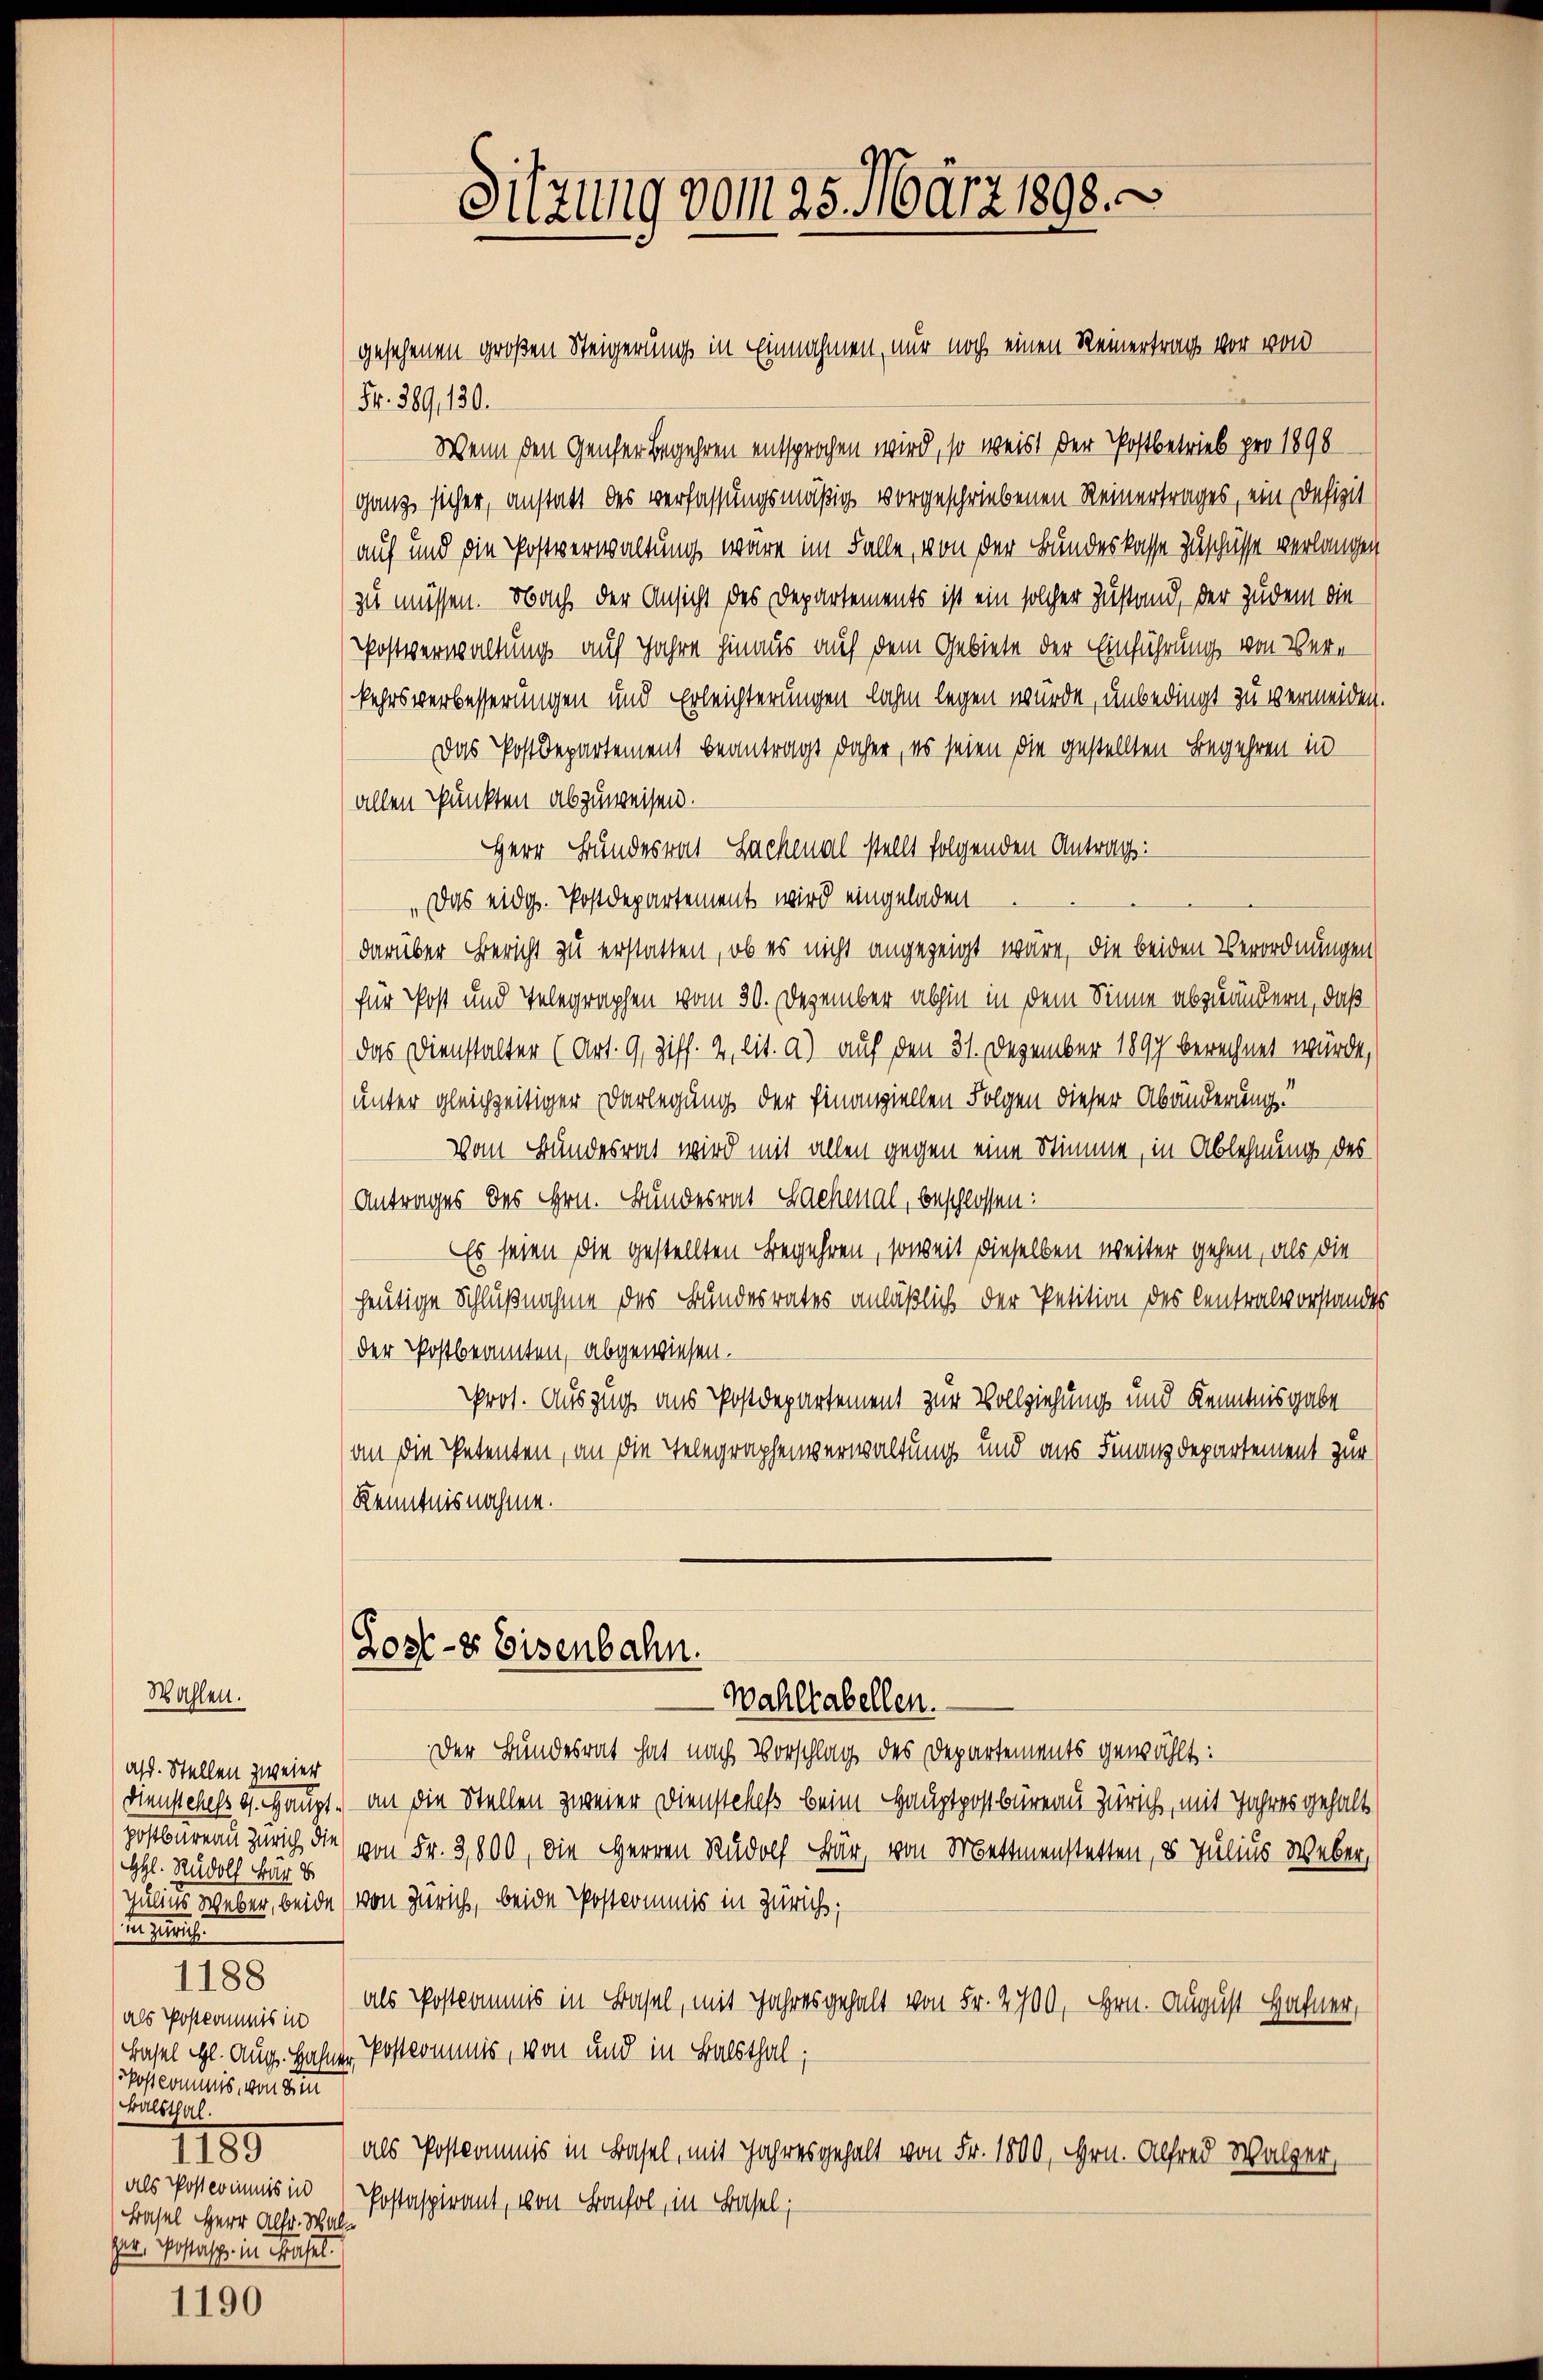
Stahlen.
ast. Stellen zweier
HH. Rudolf Bär

1188

als Postkommnis in
oscommis, von de
Balsthal.
1180
als Posterinnis in
Basel Herr Alfr. Schalser, Postäsche in Basel.

1190

Sitzung vom 25. März 1898.

Fr. 389, 130.
Wenn den Genfer Begehren entsprochen wird, so weist der Postbetrieb pro 1890
ganz sicher, anstatt des verfassungsmäßig vorgeschriebenen Reinertrages, ein Defizit
auf und die Postverwaltung wäre im Falle, von der Bundeskasse Zuschüsse verlangen
zu müssen. Nach der Ansicht des Departements ist ein solcher Zustand, der Zudem die
Postverwaltung auf Jahre hinaus auf dem Gebiete der Einführung von Vere
kehrsverbesserungen und Erleichterungen lahm legen wurde, unbedingt zu vermeiden.
Das Postdepartement beantragt daher, es seien die gestellten Begehren in
(allen Punkten abzuweisen.
Herr Bundesrat Sachenal stellt folgenden Antrag:
Das eidg. Postdepartement wird eingeladen
darüber Bericht zu erstatten, ob es nicht angezeigt wäre, die beiden Verordnungen
für Post und Telegraphen vom 30. Dezember abhin in dem Sinne abzuändern, daß
das Dienstalter (Art. 9, Ziff. 2, lit. a) auf den 31. Dezember 1897 berechnet würde,
unter gleichzeitiger Darlegung der Finanziellen Folgen dieser Abänderung!
Vom Bundesrat wird mit allen gegen eine Stimme, in Ablehnung des
Antrages des Hrn. Bundesrat Sachenal, beschlossen:
Es seien die gestellten Begehren, soweit dieselben weiter gehen, als die
heutige Schlußnahme des Bundesrates anläßlich der Petition des Centralvorstandes
der Postbeamten, abgewiesen.
Prot. Auszug aus Postdepartement zur Vollziehung und Kenntnisgabe
an die Petenten, an die Telegraphenverwaltung und aus Finanzdepartement zur
Kenntnisnahme.

gesehenen großen Steigerung in Einnahmen, nur noch einen Reinertrag vor von

Gost- & Eisenbahn.
Wahlhabellen.

Der Bundesrat hat nach Vorschlag des Departements gewählt:
dienstehess u. Haupt an die Stellen zweier Dienstehes beim Hauptpostbüreau Zürich, mit Jahres gehalt
postbureau Zürich die von Fr. 3,800, die Herren Rudolf Bär, von Mettmenstetten, 5 Julius Weber,
Julius aber, beide von Zürich, beide Postkommis in Züricht;
als Postkommis in Basel, mit Jahresgehalt von Fr. 2700, Hrn. August Hafner,
Hasel gl. Aug. Hahner Postkommis, von und in Balsthal;
als Postkommis in Basel, mit Jahresgehalt von Fr. 1800, Hrn. Alfred Walzer,
Postaspirant, von Konsol, in Basel;